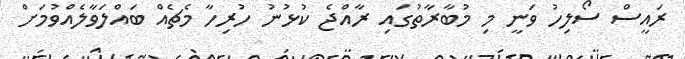
ރައީސް ސޯލިހު ވަނީ މި މުބާރާތުގައި ރާއްޖެ ކުޅުނު ހުރިހާ މެޗެއް ބައްލަވާލެއްވުމަށް